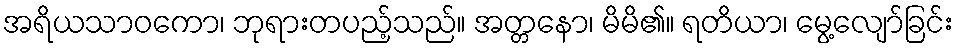
အရိယသာဝကော၊ ဘုရားတပည့်သည်။ အတ္တနော၊ မိမိ၏။ ရတိယာ၊ မွေ့လျော်ခြင်း